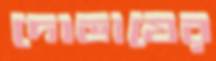
দোভাষের